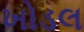
ખોડલ